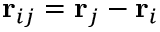
\mathbf { r } _ { i j } = \mathbf { r } _ { j } - \mathbf { r } _ { i }